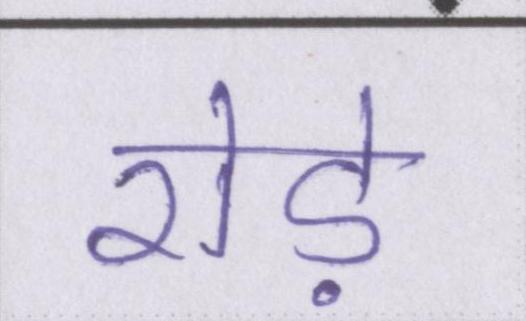
रोड़े